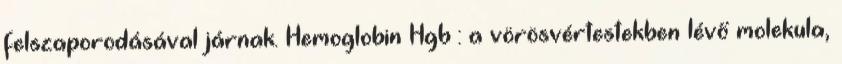
felszaporodásával járnak. Hemoglobin Hgb : a vörösvértestekben lévő molekula,